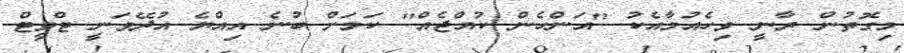
މިގޮތުން ރާނީ ވިހެއުމާއެކު "އަންހެން ކުއްޖެއް" ކަމަށް ބުނެ އިއްޔެ އުދޭވަނީ ޓްވީޓް